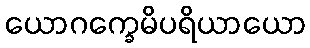
ယောဂက္ခေမိပရိယာယော